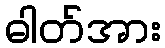
ဓါတ်အား